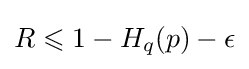
R\leqslant 1-H_{q}(p)-\epsilon